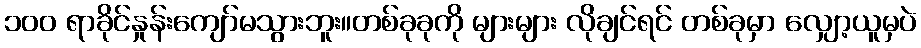
၁၀၀ ရာခိုင်နှုန်းကျော်မသွားဘူး။တစ်ခုခုကို များများ လိုချင်ရင် တစ်ခုမှာ လျှော့ယူမှပဲ